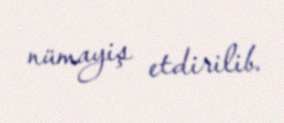
nümayiş etdirilib.